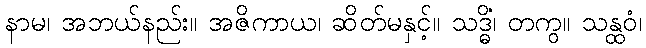
နာမ၊ အဘယ်နည်း။ အဇိကာယ၊ ဆိတ်မနှင့်။ သဒ္ဓိံ၊ တကွ။ သန္ထဝံ၊